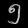
Digit: ၅